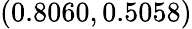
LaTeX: (0.8060,0.5058)